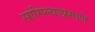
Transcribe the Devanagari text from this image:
सांगिल्याप्रमाणे